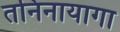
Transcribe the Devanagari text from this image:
तनिनायागा